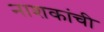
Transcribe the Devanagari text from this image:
नाशकांची